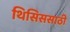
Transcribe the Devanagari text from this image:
थिसिससाठी